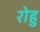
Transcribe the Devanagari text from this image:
रोहु